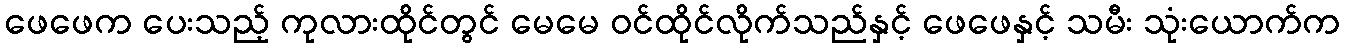
ဖေဖေက ပေးသည့် ကုလားထိုင်တွင် မေမေ ဝင်ထိုင်လိုက်သည်နှင့် ဖေဖေနှင့် သမီး သုံးယောက်က